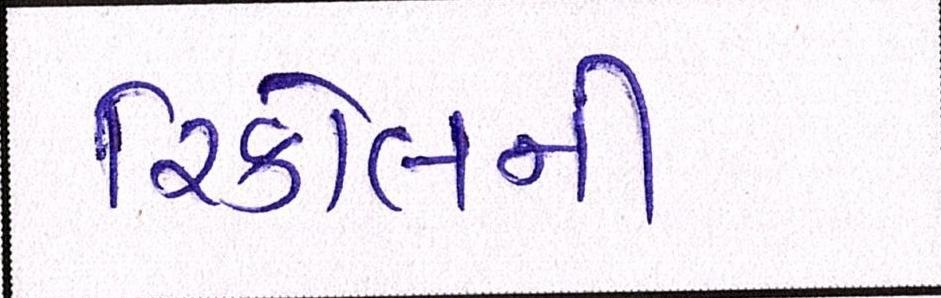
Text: રિકોલની